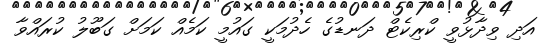
އަދި ވިދާޅުވީ ކްރިކެޓް ދަނޑުގެ ހެދުމަކީ ގައުމީ ކަމެއް ކަމަށް ގަބޫލު ކުރައްވާ